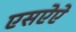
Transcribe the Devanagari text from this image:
एसऐऐ